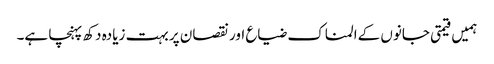
ہمیں قیمتی جانوں کےالمناک ضیا‏ع اور نقصان پر بہت زیادہ دکھ پہنچا ہے۔